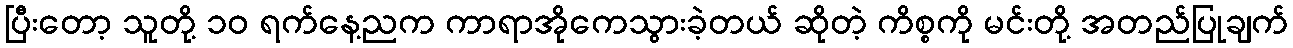
ပြီးတော့ သူတို့ ၁၀ ရက်နေ့ညက ကာရာအိုကေသွားခဲ့တယ် ဆိုတဲ့ ကိစ္စကို မင်းတို့ အတည်ပြုချက်